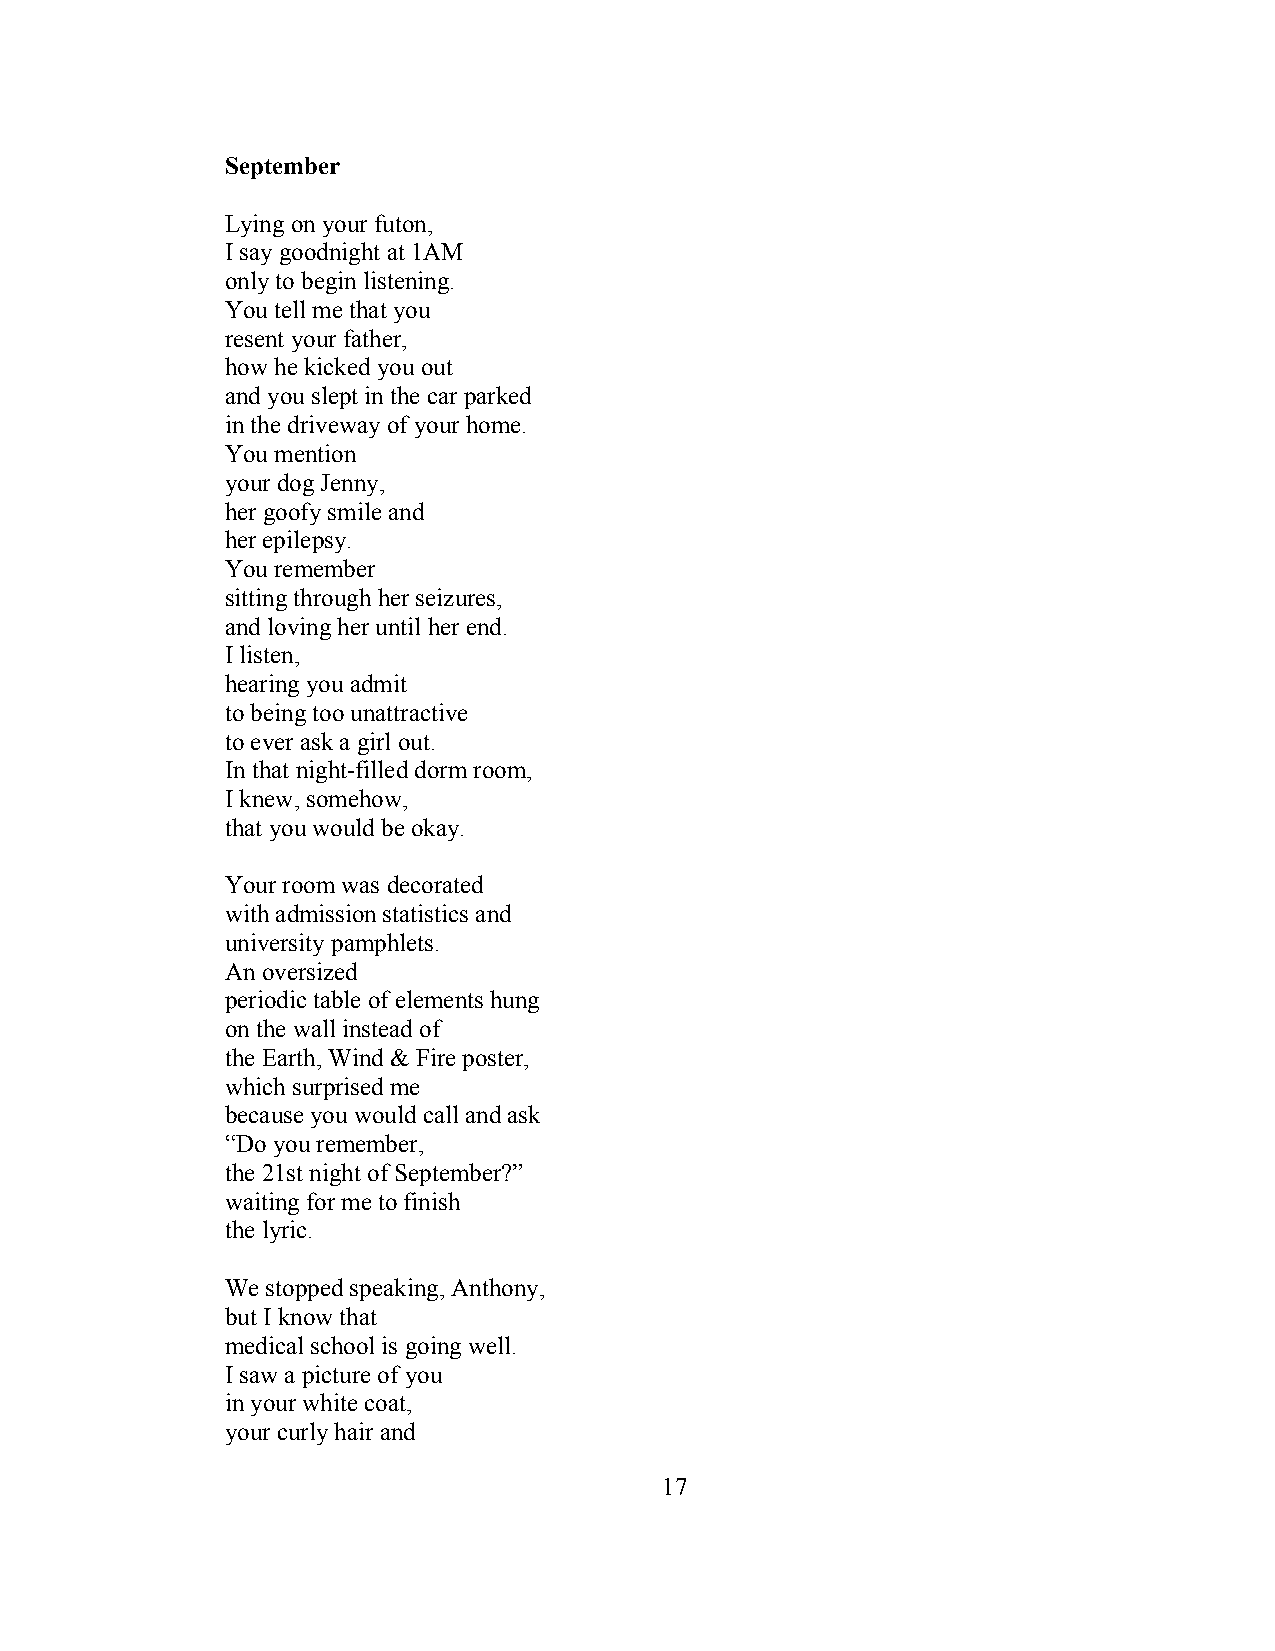
September
 Lying on your futon,
 I say goodnight at 1AM
 only to begin listening.
 You tell me that you
 resent your father,
 how he kicked you out
 and you slept in the car parked
 in the driveway of your home.
 You mention
 your dog Jenny,
 her goofy smile and
 her epilepsy.
 You remember
 sitting through her seizures,
 and loving her until her end.
 I listen,
 hearing you admit
 to being too unattractive
 to ever ask a girl out.
 In that night-filled dorm room,
 I knew, somehow,
 that you would be okay.
 Your room was decorated
 with admission statistics and
 university pamphlets.
 An oversized
 periodic table of elements hung
 on the wall instead of
 the Earth, Wind & Fire poster,
 which surprised me
 because you would call and ask
 “Do you remember,
 the 21st night of September?”
 waiting for me to finish
 the lyric.
 We stopped speaking, Anthony,
 but I know that
 medical school is going well.
 I saw a picture of you
 in your white coat,
 your curly hair and
 17